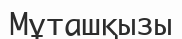
Мұташқызы